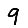
Digit: 9